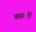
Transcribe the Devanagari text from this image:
बहतरी